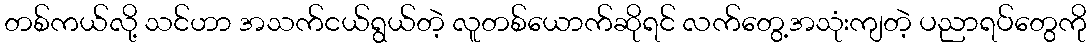
တစ်ကယ်လို့ သင်ဟာ အသက်ငယ်ရွယ်တဲ့ လူတစ်ယောက်ဆိုရင် လက်တွေ့အသုံးကျတဲ့ ပညာရပ်တွေကို